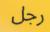
رجل